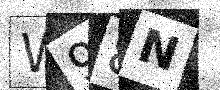
Text: W98N